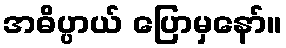
အဓိပ္ပာယ် ပြောမှနော်။